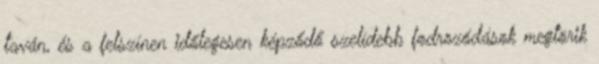
taván, és a felszínen időlegesen képződő szelídebb fodrozódások megtörik